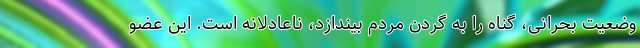
وضعیت بحرانی، گناه را به گردن مردم بیندازد، ناعادلانه است. این عضو